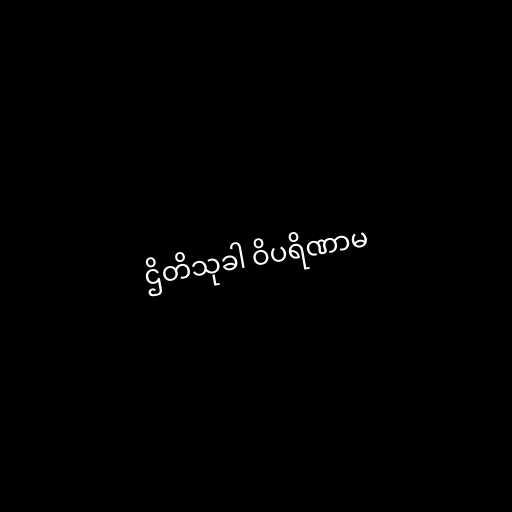
ဌိတိသုခါ ဝိပရိဏာမ